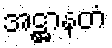
အဋ္ဌာနတံ